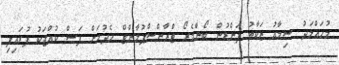
މުހައްމަދު ސިމާއު ޒަކާތު ފަންޑުން ބޯންމެރޯ ޓްރާންސްޕުލާންޓް ހެދުމަށް ފަސް ކުއްޖަކު ފުރައިފި